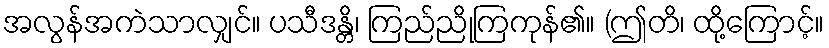
အလွန်အကဲသာလျှင်။ ပသီဒန္တိ၊ ကြည်ညိုကြကုန်၏။ (ဤတိ၊ ထို့ကြောင့်။